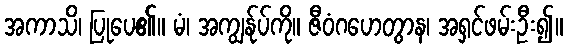
အကာသိ၊ ပြုပေ၏။ မံ၊ အကျွန်ုပ်ကို။ ဇီဝံဂဟေတွာန၊ အရှင်ဖမ်းဦး၍။